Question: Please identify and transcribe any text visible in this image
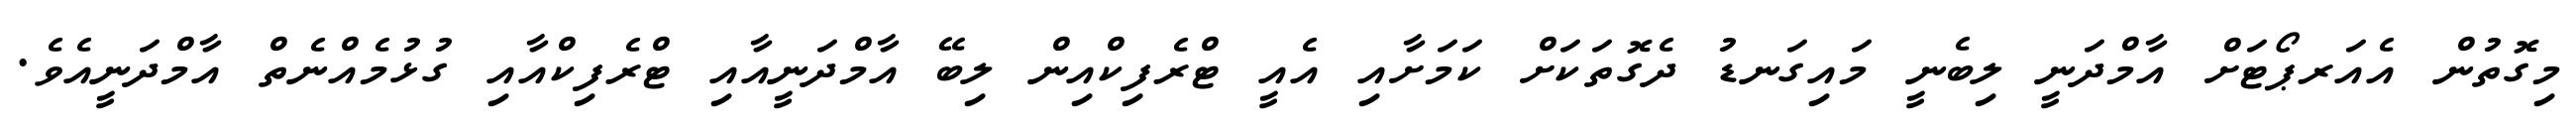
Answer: މިގޮތުން އެއަރޕޯޓަށް އާމްދަނީ ލިބެނީ މައިގަނޑު ދެގޮތަކަށް ކަމަށާއި އެއީ ޓްރެފިކްއިން ލިބޭ އާމްދަނީއާއި ޓްރެފިކްއާއި ގުޅުމެއްނެތް އާމްދަނީއެވެ.